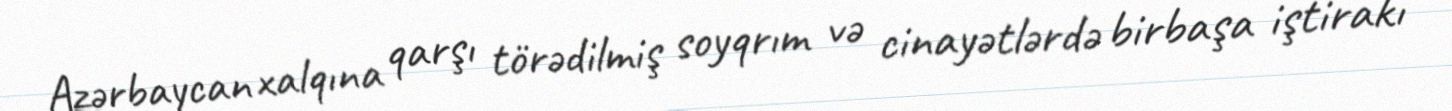
Azərbaycan xalqına qarşı törədilmiş soyqrım və cinayətlərdə birbaşa iştirakı